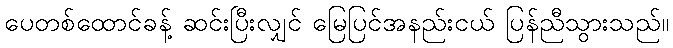
ပေတစ်ထောင်ခန့် ဆင်းပြီးလျှင် မြေပြင်အနည်းငယ် ပြန်ညီသွားသည်။